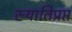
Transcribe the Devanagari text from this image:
ख्यातिप्रप्त